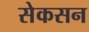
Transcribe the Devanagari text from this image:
सेकसन